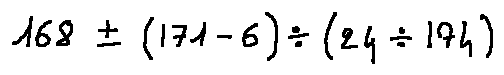
1 6 8 \pm ( 1 7 1 - 6 ) \div ( 2 4 \div 1 7 4 )